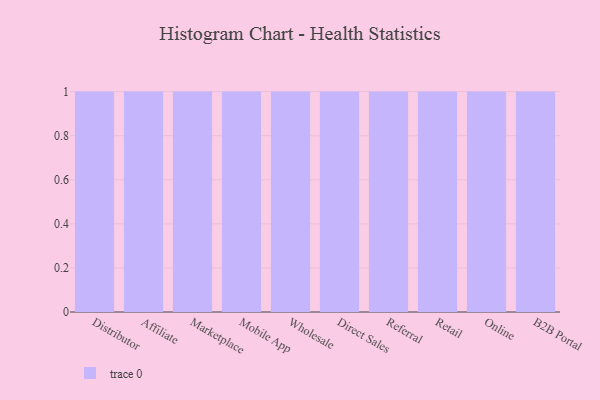
{"axis": {"x": "Channel", "y": "Humidity (%)"}, "legend": [""], "data": [{"x": "Distributor", "y": 82, "type": ""}, {"x": "Affiliate", "y": 51, "type": ""}, {"x": "Marketplace", "y": 80, "type": ""}, {"x": "Mobile App", "y": 47, "type": ""}, {"x": "Wholesale", "y": 38, "type": ""}, {"x": "Direct Sales", "y": 22, "type": ""}, {"x": "Referral", "y": 15, "type": ""}, {"x": "Retail", "y": 13, "type": ""}, {"x": "Online", "y": 56, "type": ""}, {"x": "B2B Portal", "y": 97, "type": ""}]}